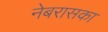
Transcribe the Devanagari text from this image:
नेबरासका